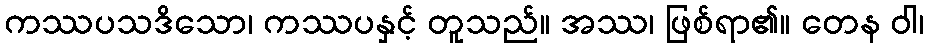
ကဿပသဒိသော၊ ကဿပနှင့် တူသည်။ အဿ၊ ဖြစ်ရာ၏။ တေန ဝါ၊